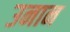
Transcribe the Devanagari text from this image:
उनान